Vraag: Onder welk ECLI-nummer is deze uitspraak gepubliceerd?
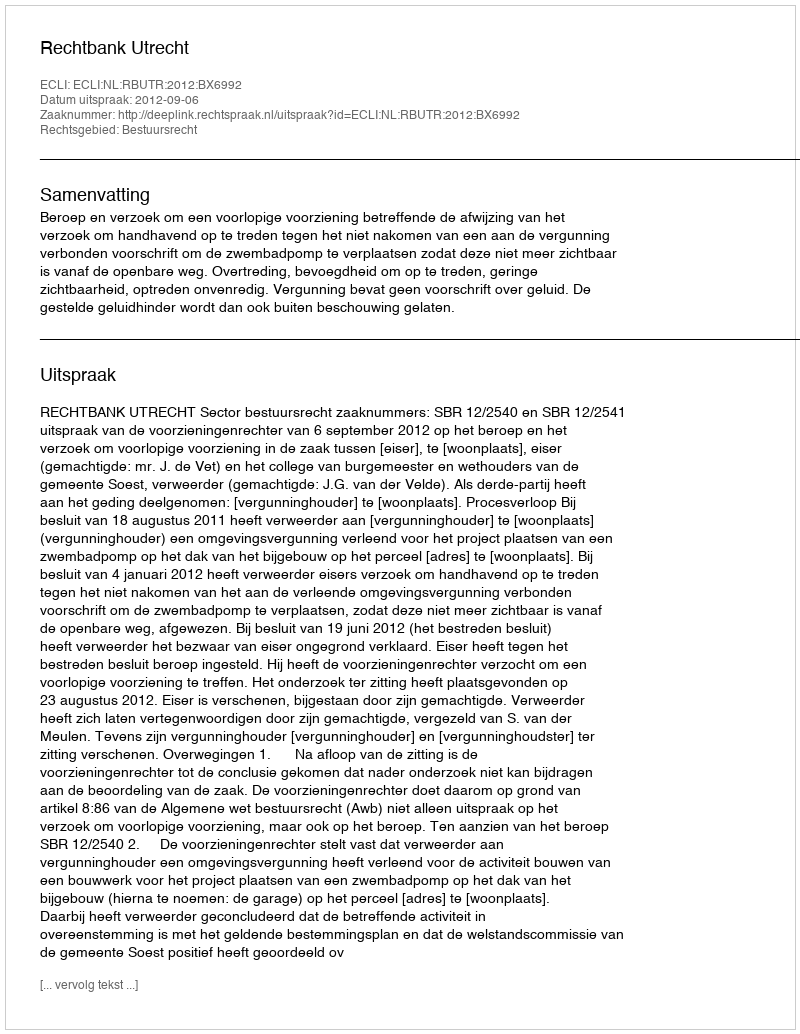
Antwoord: ECLI:NL:RBUTR:2012:BX6992